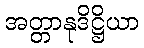
အတ္တာနုဒိဋ္ဌိယာ